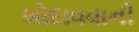
ખોદાવવાની